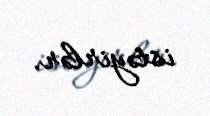
istəyirlər.